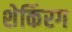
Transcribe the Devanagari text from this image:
शेकिंरग